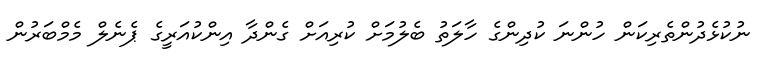
ނުކުޅެދުންތެރިކަން ހުންނަ ކުދިންގެ ހާލަތު ބެލުމަށް ކުރިއަށް ގެންދާ އިންކުއަރީގެ ޕެނެލް މެމްބަރުން